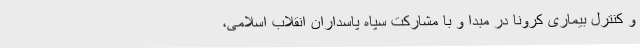
و کنترل بیماری کرونا در مبدا و با مشارکت سپاه پاسداران انقلاب اسلامی،